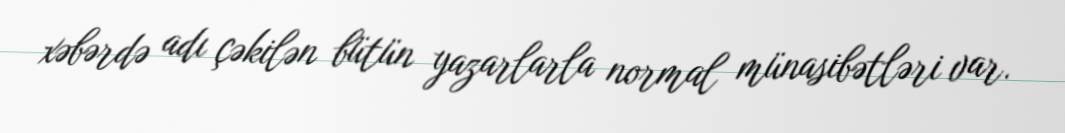
xəbərdə adı çəkilən bütün yazarlarla normal münasibətləri var.